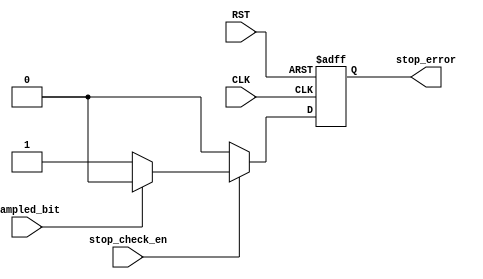
module STOP_CHECK (
    input wire          stop_check_en ,
    input wire          sampled_bit ,
    input wire          CLK , RST ,
    output reg         stop_error 
);

wire temp ;

assign temp = stop_check_en? ((sampled_bit)? 1'b0 : 1'b1 ) : 1'b0;

always @(posedge CLK or negedge RST ) begin
   if (!RST) begin
    stop_error <= 1'b0 ;
   end else begin
    stop_error <= temp ;
   end 
end

    
endmodule